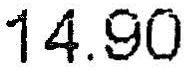
14.90